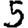
Digit: 5